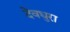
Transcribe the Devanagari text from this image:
देवधुरा